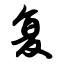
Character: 复